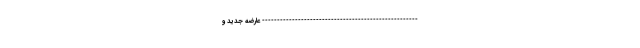
---------------------------------------------------- عارضه جدید و